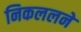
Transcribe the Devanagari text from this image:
निकललने